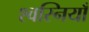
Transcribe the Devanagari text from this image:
श्वस्नियाँ